Reports on military cantonments and civil stations in the Presidency of Bombay inspected by the Sanitary Commissioner in the years 1875 and 1876
Year: 1875
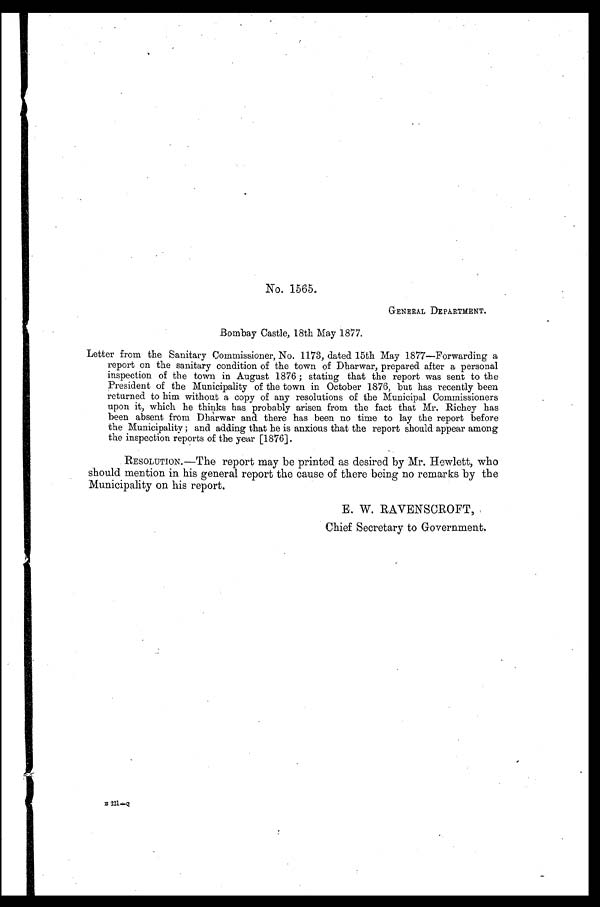
No. 1565.
GENERAL DEPARTMENT.
Bombay Castle, 18th May 1877.
Letter from the Sanitary Commissioner, No. 1173, dated 15th May 1877—Forwarding a
report on the sanitary condition of the town of Dharwar, prepared after a personal
inspection of the town in August 1876; stating that the report was sent to the
President of the Municipality of the town in October 1876, but has recently been
returned to him without a copy of any resolutions of the Municipal Commissioners
upon it, which he thinks has probably arisen from the fact that Mr. Richey has
been absent from Dharwar and there has been no time to lay the report before
the Municipality; and adding that he is anxious that the report should appear among
the inspection reports of the year [1876].
RESOLUTION.—The report may be printed as desired by Mr. Hewlett, who
should mention in his general report the cause of there being no remarks by the
Municipality on his report.
E. W. RAVENSCROFT,
Chief Secretary to Government.